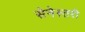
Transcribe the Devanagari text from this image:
सेनेस्तरी